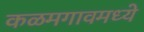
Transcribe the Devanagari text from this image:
कळमगावमध्ये